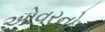
ઓવરનો